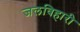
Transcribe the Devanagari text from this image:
जलविहारी